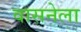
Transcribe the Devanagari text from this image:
वासनेला